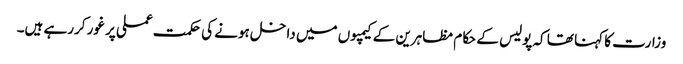
وزارت کا کہنا تھا کہ پولیس کے حکام مظاہرین کے کیمپوں میں داخل ہونے کی حکمت عملی پر غور کررہے ہیں۔